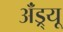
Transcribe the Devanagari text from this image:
ॲंड्र्यू